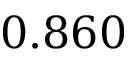
0 . 8 6 0